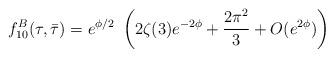
LaTeX: \begin{align*}f_{10}^B(\tau,\bar\tau)= e^{\phi/2}~\left( 2\zeta(3) e^{-2\phi} + \frac{2\pi^2}{3} + O(e^{2\phi}) \right)\end{align*}